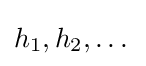
h_{1},h_{2},\dots